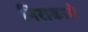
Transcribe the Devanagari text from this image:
निराकारो